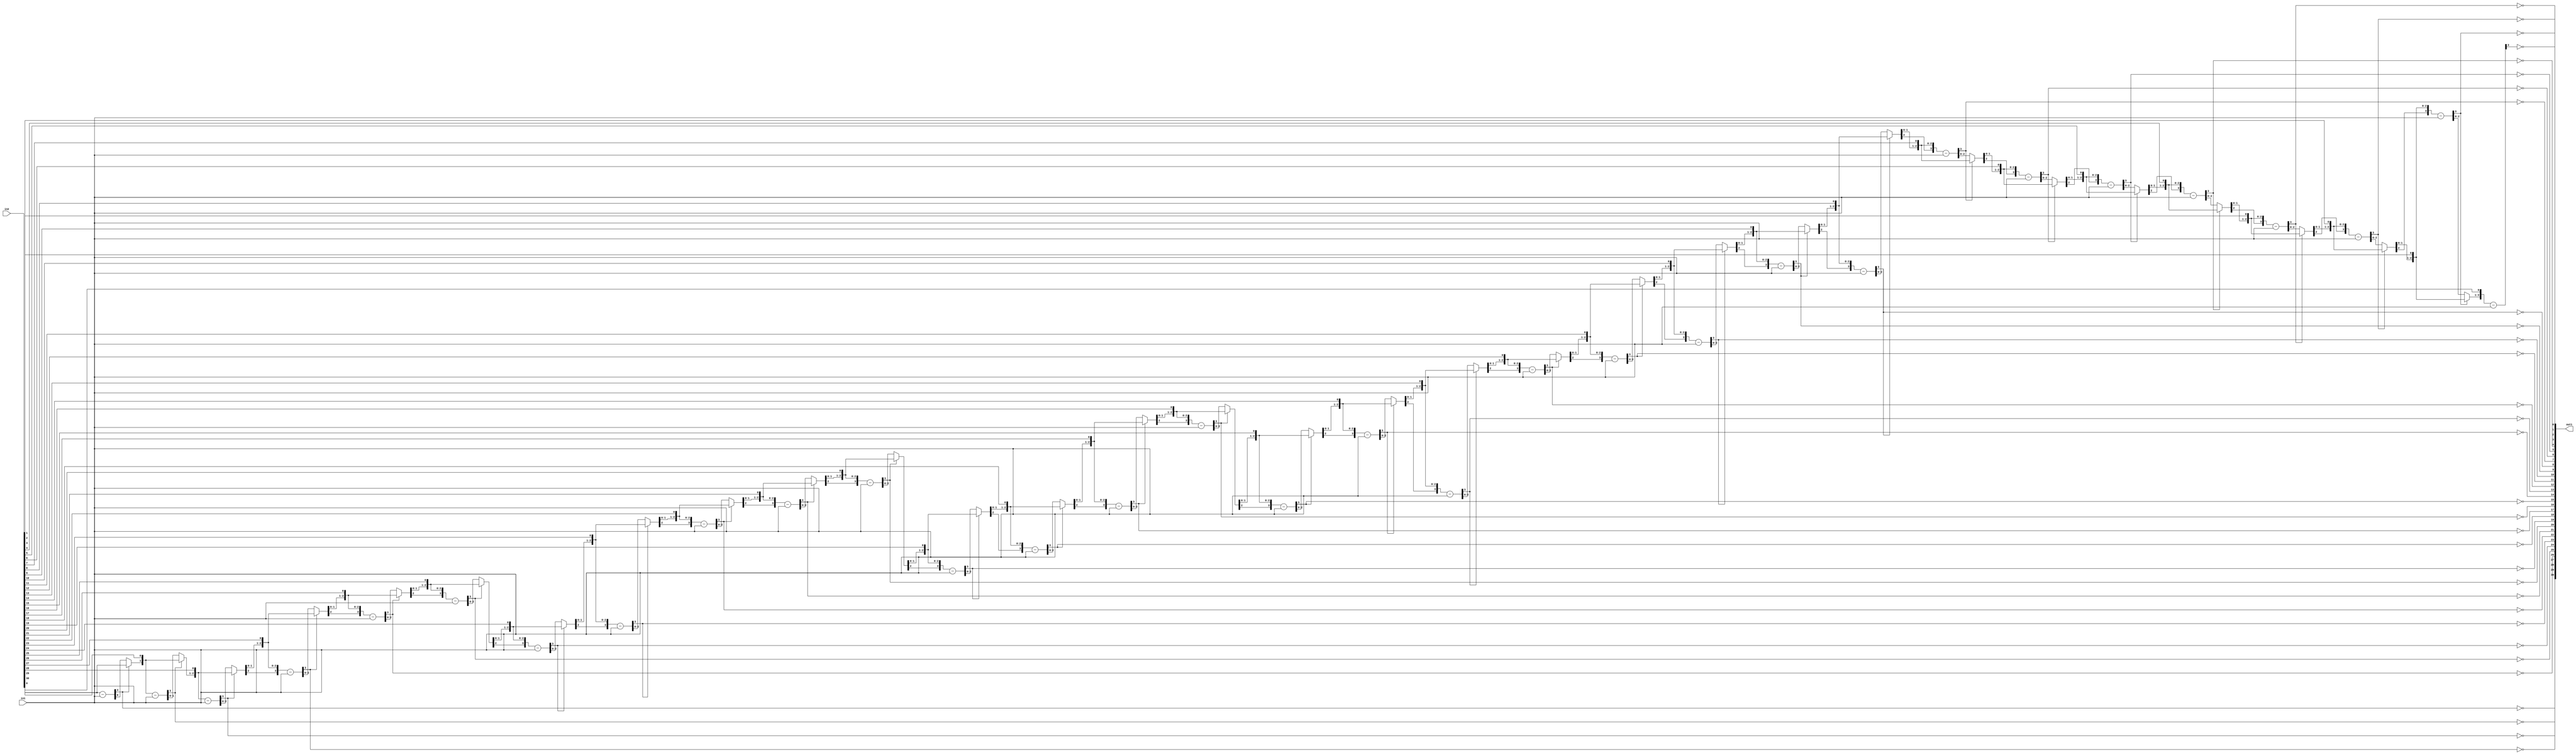
`timescale 1ps / 1ps
/*****************************************************************************
    Verilog RTL Description
    
    
    Created by: Stratus DpOpt 21.05.01 
*******************************************************************************/

module Filter_Div_31Ux3U_31U_1 (
	in2,
	in1,
	out1
	); /* architecture "behavioural" */ 
input [30:0] in2;
input [2:0] in1;
output [30:0] out1;
wire [30:0] asc001_0;
wire [3:0] in2_1;
wire [0:0] in2_2;
wire [3:0] in2_4;
wire [1:0] in2_5;
wire [3:0] in2_7;
wire [2:0] in2_8;
wire [3:0] in2_10,
	in2_11,
	in2_13;
wire [4:0] in2_14;
wire [3:0] in2_16;
wire [5:0] in2_17;
wire [3:0] in2_19;
wire [6:0] in2_20;
wire [3:0] in2_22;
wire [7:0] in2_23;
wire [3:0] in2_25;
wire [8:0] in2_26;
wire [3:0] in2_28;
wire [9:0] in2_29;
wire [3:0] in2_31;
wire [10:0] in2_32;
wire [3:0] in2_34;
wire [11:0] in2_35;
wire [3:0] in2_37;
wire [12:0] in2_38;
wire [3:0] in2_40;
wire [13:0] in2_41;
wire [3:0] in2_43;
wire [14:0] in2_44;
wire [3:0] in2_46;
wire [15:0] in2_47;
wire [3:0] in2_49;
wire [16:0] in2_50;
wire [3:0] in2_52;
wire [17:0] in2_53;
wire [3:0] in2_55;
wire [18:0] in2_56;
wire [3:0] in2_58;
wire [19:0] in2_59;
wire [3:0] in2_61;
wire [20:0] in2_62;
wire [3:0] in2_64;
wire [21:0] in2_65;
wire [3:0] in2_67;
wire [22:0] in2_68;
wire [3:0] in2_70;
wire [23:0] in2_71;
wire [3:0] in2_73;
wire [24:0] in2_74;
wire [3:0] in2_76;
wire [25:0] in2_77;
wire [3:0] in2_79;
wire [26:0] in2_80;
wire [3:0] in2_82;
wire [27:0] in2_83;
wire [3:0] in2_85;
wire [28:0] in2_86;
wire [3:0] in2_88;
wire [29:0] in2_89;
wire [30:0] in2_90;
wire [3:0] in2_91;
wire [1:0] in2_3_0,
	in2_3_1;
wire [2:0] in2_6_0,
	in2_6_1;
wire [3:0] in2_9_0,
	in2_9_1;
wire [4:0] in2_12_0,
	in2_12_1;
wire [5:0] in2_15_0,
	in2_15_1;
wire [6:0] in2_18_0,
	in2_18_1;
wire [7:0] in2_21_0,
	in2_21_1;
wire [8:0] in2_24_0,
	in2_24_1;
wire [9:0] in2_27_0,
	in2_27_1;
wire [10:0] in2_30_0,
	in2_30_1;
wire [11:0] in2_33_0,
	in2_33_1;
wire [12:0] in2_36_0,
	in2_36_1;
wire [13:0] in2_39_0,
	in2_39_1;
wire [14:0] in2_42_0,
	in2_42_1;
wire [15:0] in2_45_0,
	in2_45_1;
wire [16:0] in2_48_0,
	in2_48_1;
wire [17:0] in2_51_0,
	in2_51_1;
wire [18:0] in2_54_0,
	in2_54_1;
wire [19:0] in2_57_0,
	in2_57_1;
wire [20:0] in2_60_0,
	in2_60_1;
wire [21:0] in2_63_0,
	in2_63_1;
wire [22:0] in2_66_0,
	in2_66_1;
wire [23:0] in2_69_0,
	in2_69_1;
wire [24:0] in2_72_0,
	in2_72_1;
wire [25:0] in2_75_0,
	in2_75_1;
wire [26:0] in2_78_0,
	in2_78_1;
wire [27:0] in2_81_0,
	in2_81_1;
wire [28:0] in2_84_0,
	in2_84_1;
wire [29:0] in2_87_0,
	in2_87_1;

wire [3:0] in2_1_tmp_0;
assign in2_1_tmp_0 = 
	+(in2[30]);
assign in2_1 = in2_1_tmp_0
	-(in1);

assign asc001_0[30] = ~in2_1[3];

reg [0:0] in2_2_tmp_1;
assign in2_2 = in2_2_tmp_1;
always @ (in2_1[3] or in2_1[0] or in2[30]) begin
	case (in2_1[3])
		1'B0 : in2_2_tmp_1 = in2_1[0] ;
		default : in2_2_tmp_1 = in2[30] ;
	endcase
end

assign in2_3_0 = {in2_2,in2[29]};

assign in2_3_1 = {in2_2,in2[29]};

wire [3:0] in2_4_tmp_2;
assign in2_4_tmp_2 = 
	+(in2_3_1);
assign in2_4 = in2_4_tmp_2
	-(in1);

assign asc001_0[29] = ~in2_4[3];

reg [1:0] in2_5_tmp_3;
assign in2_5 = in2_5_tmp_3;
always @ (in2_4[3] or in2_4[1:0] or in2_3_0) begin
	case (in2_4[3])
		1'B0 : in2_5_tmp_3 = in2_4[1:0] ;
		default : in2_5_tmp_3 = in2_3_0 ;
	endcase
end

assign in2_6_0 = {in2_5,in2[28]};

assign in2_6_1 = {in2_5,in2[28]};

wire [3:0] in2_7_tmp_4;
assign in2_7_tmp_4 = 
	+(in2_6_1);
assign in2_7 = in2_7_tmp_4
	-(in1);

assign asc001_0[28] = ~in2_7[3];

reg [2:0] in2_8_tmp_5;
assign in2_8 = in2_8_tmp_5;
always @ (in2_7[3] or in2_7[2:0] or in2_6_0) begin
	case (in2_7[3])
		1'B0 : in2_8_tmp_5 = in2_7[2:0] ;
		default : in2_8_tmp_5 = in2_6_0 ;
	endcase
end

assign in2_9_0 = {in2_8,in2[27]};

assign in2_9_1 = {in2_8,in2[27]};

wire [3:0] in2_10_tmp_6;
assign in2_10_tmp_6 = 
	+(in2_9_1);
assign in2_10 = in2_10_tmp_6
	-(in1);

assign asc001_0[27] = ~in2_10[3];

reg [3:0] in2_11_tmp_7;
assign in2_11 = in2_11_tmp_7;
always @ (in2_10[3] or in2_10 or in2_9_0) begin
	case (in2_10[3])
		1'B0 : in2_11_tmp_7 = in2_10 ;
		default : in2_11_tmp_7 = in2_9_0 ;
	endcase
end

assign in2_12_0 = {in2_11,in2[26]};

assign in2_12_1 = {in2_11,in2[26]};

wire [3:0] in2_13_tmp_8;
assign in2_13_tmp_8 = 
	+(in2_12_1[3:0]);
assign in2_13 = in2_13_tmp_8
	-(in1);

assign asc001_0[26] = ~in2_13[3];

reg [4:0] in2_14_tmp_9;
assign in2_14 = in2_14_tmp_9;
always @ (in2_13[3] or in2_13 or in2_12_0) begin
	case (in2_13[3])
		1'B0 : in2_14_tmp_9 = in2_13 ;
		default : in2_14_tmp_9 = in2_12_0 ;
	endcase
end

assign in2_15_0 = {in2_14,in2[25]};

assign in2_15_1 = {in2_14,in2[25]};

wire [3:0] in2_16_tmp_10;
assign in2_16_tmp_10 = 
	+(in2_15_1[3:0]);
assign in2_16 = in2_16_tmp_10
	-(in1);

assign asc001_0[25] = ~in2_16[3];

reg [5:0] in2_17_tmp_11;
assign in2_17 = in2_17_tmp_11;
always @ (in2_16[3] or in2_16 or in2_15_0) begin
	case (in2_16[3])
		1'B0 : in2_17_tmp_11 = in2_16 ;
		default : in2_17_tmp_11 = in2_15_0 ;
	endcase
end

assign in2_18_0 = {in2_17,in2[24]};

assign in2_18_1 = {in2_17,in2[24]};

wire [3:0] in2_19_tmp_12;
assign in2_19_tmp_12 = 
	+(in2_18_1[3:0]);
assign in2_19 = in2_19_tmp_12
	-(in1);

assign asc001_0[24] = ~in2_19[3];

reg [6:0] in2_20_tmp_13;
assign in2_20 = in2_20_tmp_13;
always @ (in2_19[3] or in2_19 or in2_18_0) begin
	case (in2_19[3])
		1'B0 : in2_20_tmp_13 = in2_19 ;
		default : in2_20_tmp_13 = in2_18_0 ;
	endcase
end

assign in2_21_0 = {in2_20,in2[23]};

assign in2_21_1 = {in2_20,in2[23]};

wire [3:0] in2_22_tmp_14;
assign in2_22_tmp_14 = 
	+(in2_21_1[3:0]);
assign in2_22 = in2_22_tmp_14
	-(in1);

assign asc001_0[23] = ~in2_22[3];

reg [7:0] in2_23_tmp_15;
assign in2_23 = in2_23_tmp_15;
always @ (in2_22[3] or in2_22 or in2_21_0) begin
	case (in2_22[3])
		1'B0 : in2_23_tmp_15 = in2_22 ;
		default : in2_23_tmp_15 = in2_21_0 ;
	endcase
end

assign in2_24_0 = {in2_23,in2[22]};

assign in2_24_1 = {in2_23,in2[22]};

wire [3:0] in2_25_tmp_16;
assign in2_25_tmp_16 = 
	+(in2_24_1[3:0]);
assign in2_25 = in2_25_tmp_16
	-(in1);

assign asc001_0[22] = ~in2_25[3];

reg [8:0] in2_26_tmp_17;
assign in2_26 = in2_26_tmp_17;
always @ (in2_25[3] or in2_25 or in2_24_0) begin
	case (in2_25[3])
		1'B0 : in2_26_tmp_17 = in2_25 ;
		default : in2_26_tmp_17 = in2_24_0 ;
	endcase
end

assign in2_27_0 = {in2_26,in2[21]};

assign in2_27_1 = {in2_26,in2[21]};

wire [3:0] in2_28_tmp_18;
assign in2_28_tmp_18 = 
	+(in2_27_1[3:0]);
assign in2_28 = in2_28_tmp_18
	-(in1);

assign asc001_0[21] = ~in2_28[3];

reg [9:0] in2_29_tmp_19;
assign in2_29 = in2_29_tmp_19;
always @ (in2_28[3] or in2_28 or in2_27_0) begin
	case (in2_28[3])
		1'B0 : in2_29_tmp_19 = in2_28 ;
		default : in2_29_tmp_19 = in2_27_0 ;
	endcase
end

assign in2_30_0 = {in2_29,in2[20]};

assign in2_30_1 = {in2_29,in2[20]};

wire [3:0] in2_31_tmp_20;
assign in2_31_tmp_20 = 
	+(in2_30_1[3:0]);
assign in2_31 = in2_31_tmp_20
	-(in1);

assign asc001_0[20] = ~in2_31[3];

reg [10:0] in2_32_tmp_21;
assign in2_32 = in2_32_tmp_21;
always @ (in2_31[3] or in2_31 or in2_30_0) begin
	case (in2_31[3])
		1'B0 : in2_32_tmp_21 = in2_31 ;
		default : in2_32_tmp_21 = in2_30_0 ;
	endcase
end

assign in2_33_0 = {in2_32,in2[19]};

assign in2_33_1 = {in2_32,in2[19]};

wire [3:0] in2_34_tmp_22;
assign in2_34_tmp_22 = 
	+(in2_33_1[3:0]);
assign in2_34 = in2_34_tmp_22
	-(in1);

assign asc001_0[19] = ~in2_34[3];

reg [11:0] in2_35_tmp_23;
assign in2_35 = in2_35_tmp_23;
always @ (in2_34[3] or in2_34 or in2_33_0) begin
	case (in2_34[3])
		1'B0 : in2_35_tmp_23 = in2_34 ;
		default : in2_35_tmp_23 = in2_33_0 ;
	endcase
end

assign in2_36_0 = {in2_35,in2[18]};

assign in2_36_1 = {in2_35,in2[18]};

wire [3:0] in2_37_tmp_24;
assign in2_37_tmp_24 = 
	+(in2_36_1[3:0]);
assign in2_37 = in2_37_tmp_24
	-(in1);

assign asc001_0[18] = ~in2_37[3];

reg [12:0] in2_38_tmp_25;
assign in2_38 = in2_38_tmp_25;
always @ (in2_37[3] or in2_37 or in2_36_0) begin
	case (in2_37[3])
		1'B0 : in2_38_tmp_25 = in2_37 ;
		default : in2_38_tmp_25 = in2_36_0 ;
	endcase
end

assign in2_39_0 = {in2_38,in2[17]};

assign in2_39_1 = {in2_38,in2[17]};

wire [3:0] in2_40_tmp_26;
assign in2_40_tmp_26 = 
	+(in2_39_1[3:0]);
assign in2_40 = in2_40_tmp_26
	-(in1);

assign asc001_0[17] = ~in2_40[3];

reg [13:0] in2_41_tmp_27;
assign in2_41 = in2_41_tmp_27;
always @ (in2_40[3] or in2_40 or in2_39_0) begin
	case (in2_40[3])
		1'B0 : in2_41_tmp_27 = in2_40 ;
		default : in2_41_tmp_27 = in2_39_0 ;
	endcase
end

assign in2_42_0 = {in2_41,in2[16]};

assign in2_42_1 = {in2_41,in2[16]};

wire [3:0] in2_43_tmp_28;
assign in2_43_tmp_28 = 
	+(in2_42_1[3:0]);
assign in2_43 = in2_43_tmp_28
	-(in1);

assign asc001_0[16] = ~in2_43[3];

reg [14:0] in2_44_tmp_29;
assign in2_44 = in2_44_tmp_29;
always @ (in2_43[3] or in2_43 or in2_42_0) begin
	case (in2_43[3])
		1'B0 : in2_44_tmp_29 = in2_43 ;
		default : in2_44_tmp_29 = in2_42_0 ;
	endcase
end

assign in2_45_0 = {in2_44,in2[15]};

assign in2_45_1 = {in2_44,in2[15]};

wire [3:0] in2_46_tmp_30;
assign in2_46_tmp_30 = 
	+(in2_45_1[3:0]);
assign in2_46 = in2_46_tmp_30
	-(in1);

assign asc001_0[15] = ~in2_46[3];

reg [15:0] in2_47_tmp_31;
assign in2_47 = in2_47_tmp_31;
always @ (in2_46[3] or in2_46 or in2_45_0) begin
	case (in2_46[3])
		1'B0 : in2_47_tmp_31 = in2_46 ;
		default : in2_47_tmp_31 = in2_45_0 ;
	endcase
end

assign in2_48_0 = {in2_47,in2[14]};

assign in2_48_1 = {in2_47,in2[14]};

wire [3:0] in2_49_tmp_32;
assign in2_49_tmp_32 = 
	+(in2_48_1[3:0]);
assign in2_49 = in2_49_tmp_32
	-(in1);

assign asc001_0[14] = ~in2_49[3];

reg [16:0] in2_50_tmp_33;
assign in2_50 = in2_50_tmp_33;
always @ (in2_49[3] or in2_49 or in2_48_0) begin
	case (in2_49[3])
		1'B0 : in2_50_tmp_33 = in2_49 ;
		default : in2_50_tmp_33 = in2_48_0 ;
	endcase
end

assign in2_51_0 = {in2_50,in2[13]};

assign in2_51_1 = {in2_50,in2[13]};

wire [3:0] in2_52_tmp_34;
assign in2_52_tmp_34 = 
	+(in2_51_1[3:0]);
assign in2_52 = in2_52_tmp_34
	-(in1);

assign asc001_0[13] = ~in2_52[3];

reg [17:0] in2_53_tmp_35;
assign in2_53 = in2_53_tmp_35;
always @ (in2_52[3] or in2_52 or in2_51_0) begin
	case (in2_52[3])
		1'B0 : in2_53_tmp_35 = in2_52 ;
		default : in2_53_tmp_35 = in2_51_0 ;
	endcase
end

assign in2_54_0 = {in2_53,in2[12]};

assign in2_54_1 = {in2_53,in2[12]};

wire [3:0] in2_55_tmp_36;
assign in2_55_tmp_36 = 
	+(in2_54_1[3:0]);
assign in2_55 = in2_55_tmp_36
	-(in1);

assign asc001_0[12] = ~in2_55[3];

reg [18:0] in2_56_tmp_37;
assign in2_56 = in2_56_tmp_37;
always @ (in2_55[3] or in2_55 or in2_54_0) begin
	case (in2_55[3])
		1'B0 : in2_56_tmp_37 = in2_55 ;
		default : in2_56_tmp_37 = in2_54_0 ;
	endcase
end

assign in2_57_0 = {in2_56,in2[11]};

assign in2_57_1 = {in2_56,in2[11]};

wire [3:0] in2_58_tmp_38;
assign in2_58_tmp_38 = 
	+(in2_57_1[3:0]);
assign in2_58 = in2_58_tmp_38
	-(in1);

assign asc001_0[11] = ~in2_58[3];

reg [19:0] in2_59_tmp_39;
assign in2_59 = in2_59_tmp_39;
always @ (in2_58[3] or in2_58 or in2_57_0) begin
	case (in2_58[3])
		1'B0 : in2_59_tmp_39 = in2_58 ;
		default : in2_59_tmp_39 = in2_57_0 ;
	endcase
end

assign in2_60_0 = {in2_59,in2[10]};

assign in2_60_1 = {in2_59,in2[10]};

wire [3:0] in2_61_tmp_40;
assign in2_61_tmp_40 = 
	+(in2_60_1[3:0]);
assign in2_61 = in2_61_tmp_40
	-(in1);

assign asc001_0[10] = ~in2_61[3];

reg [20:0] in2_62_tmp_41;
assign in2_62 = in2_62_tmp_41;
always @ (in2_61[3] or in2_61 or in2_60_0) begin
	case (in2_61[3])
		1'B0 : in2_62_tmp_41 = in2_61 ;
		default : in2_62_tmp_41 = in2_60_0 ;
	endcase
end

assign in2_63_0 = {in2_62,in2[9]};

assign in2_63_1 = {in2_62,in2[9]};

wire [3:0] in2_64_tmp_42;
assign in2_64_tmp_42 = 
	+(in2_63_1[3:0]);
assign in2_64 = in2_64_tmp_42
	-(in1);

assign asc001_0[9] = ~in2_64[3];

reg [21:0] in2_65_tmp_43;
assign in2_65 = in2_65_tmp_43;
always @ (in2_64[3] or in2_64 or in2_63_0) begin
	case (in2_64[3])
		1'B0 : in2_65_tmp_43 = in2_64 ;
		default : in2_65_tmp_43 = in2_63_0 ;
	endcase
end

assign in2_66_0 = {in2_65,in2[8]};

assign in2_66_1 = {in2_65,in2[8]};

wire [3:0] in2_67_tmp_44;
assign in2_67_tmp_44 = 
	+(in2_66_1[3:0]);
assign in2_67 = in2_67_tmp_44
	-(in1);

assign asc001_0[8] = ~in2_67[3];

reg [22:0] in2_68_tmp_45;
assign in2_68 = in2_68_tmp_45;
always @ (in2_67[3] or in2_67 or in2_66_0) begin
	case (in2_67[3])
		1'B0 : in2_68_tmp_45 = in2_67 ;
		default : in2_68_tmp_45 = in2_66_0 ;
	endcase
end

assign in2_69_0 = {in2_68,in2[7]};

assign in2_69_1 = {in2_68,in2[7]};

wire [3:0] in2_70_tmp_46;
assign in2_70_tmp_46 = 
	+(in2_69_1[3:0]);
assign in2_70 = in2_70_tmp_46
	-(in1);

assign asc001_0[7] = ~in2_70[3];

reg [23:0] in2_71_tmp_47;
assign in2_71 = in2_71_tmp_47;
always @ (in2_70[3] or in2_70 or in2_69_0) begin
	case (in2_70[3])
		1'B0 : in2_71_tmp_47 = in2_70 ;
		default : in2_71_tmp_47 = in2_69_0 ;
	endcase
end

assign in2_72_0 = {in2_71,in2[6]};

assign in2_72_1 = {in2_71,in2[6]};

wire [3:0] in2_73_tmp_48;
assign in2_73_tmp_48 = 
	+(in2_72_1[3:0]);
assign in2_73 = in2_73_tmp_48
	-(in1);

assign asc001_0[6] = ~in2_73[3];

reg [24:0] in2_74_tmp_49;
assign in2_74 = in2_74_tmp_49;
always @ (in2_73[3] or in2_73 or in2_72_0) begin
	case (in2_73[3])
		1'B0 : in2_74_tmp_49 = in2_73 ;
		default : in2_74_tmp_49 = in2_72_0 ;
	endcase
end

assign in2_75_0 = {in2_74,in2[5]};

assign in2_75_1 = {in2_74,in2[5]};

wire [3:0] in2_76_tmp_50;
assign in2_76_tmp_50 = 
	+(in2_75_1[3:0]);
assign in2_76 = in2_76_tmp_50
	-(in1);

assign asc001_0[5] = ~in2_76[3];

reg [25:0] in2_77_tmp_51;
assign in2_77 = in2_77_tmp_51;
always @ (in2_76[3] or in2_76 or in2_75_0) begin
	case (in2_76[3])
		1'B0 : in2_77_tmp_51 = in2_76 ;
		default : in2_77_tmp_51 = in2_75_0 ;
	endcase
end

assign in2_78_0 = {in2_77,in2[4]};

assign in2_78_1 = {in2_77,in2[4]};

wire [3:0] in2_79_tmp_52;
assign in2_79_tmp_52 = 
	+(in2_78_1[3:0]);
assign in2_79 = in2_79_tmp_52
	-(in1);

assign asc001_0[4] = ~in2_79[3];

reg [26:0] in2_80_tmp_53;
assign in2_80 = in2_80_tmp_53;
always @ (in2_79[3] or in2_79 or in2_78_0) begin
	case (in2_79[3])
		1'B0 : in2_80_tmp_53 = in2_79 ;
		default : in2_80_tmp_53 = in2_78_0 ;
	endcase
end

assign in2_81_0 = {in2_80,in2[3]};

assign in2_81_1 = {in2_80,in2[3]};

wire [3:0] in2_82_tmp_54;
assign in2_82_tmp_54 = 
	+(in2_81_1[3:0]);
assign in2_82 = in2_82_tmp_54
	-(in1);

assign asc001_0[3] = ~in2_82[3];

reg [27:0] in2_83_tmp_55;
assign in2_83 = in2_83_tmp_55;
always @ (in2_82[3] or in2_82 or in2_81_0) begin
	case (in2_82[3])
		1'B0 : in2_83_tmp_55 = in2_82 ;
		default : in2_83_tmp_55 = in2_81_0 ;
	endcase
end

assign in2_84_0 = {in2_83,in2[2]};

assign in2_84_1 = {in2_83,in2[2]};

wire [3:0] in2_85_tmp_56;
assign in2_85_tmp_56 = 
	+(in2_84_1[3:0]);
assign in2_85 = in2_85_tmp_56
	-(in1);

assign asc001_0[2] = ~in2_85[3];

reg [28:0] in2_86_tmp_57;
assign in2_86 = in2_86_tmp_57;
always @ (in2_85[3] or in2_85 or in2_84_0) begin
	case (in2_85[3])
		1'B0 : in2_86_tmp_57 = in2_85 ;
		default : in2_86_tmp_57 = in2_84_0 ;
	endcase
end

assign in2_87_0 = {in2_86,in2[1]};

assign in2_87_1 = {in2_86,in2[1]};

wire [3:0] in2_88_tmp_58;
assign in2_88_tmp_58 = 
	+(in2_87_1[3:0]);
assign in2_88 = in2_88_tmp_58
	-(in1);

assign asc001_0[1] = ~in2_88[3];

reg [29:0] in2_89_tmp_59;
assign in2_89 = in2_89_tmp_59;
always @ (in2_88[3] or in2_88 or in2_87_0) begin
	case (in2_88[3])
		1'B0 : in2_89_tmp_59 = in2_88 ;
		default : in2_89_tmp_59 = in2_87_0 ;
	endcase
end

assign in2_90 = {in2_89,in2[0]};

wire [3:0] in2_91_tmp_60;
assign in2_91_tmp_60 = 
	+(in2_90[3:0]);
assign in2_91 = in2_91_tmp_60
	-(in1);

assign asc001_0[0] = ~in2_91[3];

assign out1 = asc001_0;
endmodule

/* CADENCE  urX5Tw3Wow== : u9/ySxbfrwZIxEzHVQQV8Q== ** DO NOT EDIT THIS LINE **/